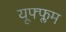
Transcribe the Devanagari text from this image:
यूफ्फ्लम